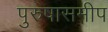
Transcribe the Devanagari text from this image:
पुरुषासमीप